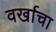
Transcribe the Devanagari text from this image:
वर्खाचा